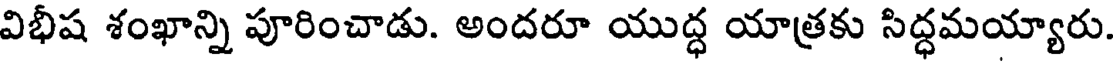
విభీష శంఖాన్ని పూరించాడు. అందరూ యుద్ధ యాత్రకు సిద్ధమయ్యారు.